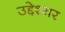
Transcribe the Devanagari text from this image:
उद्देश्यर